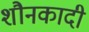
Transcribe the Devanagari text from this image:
शौनकादी